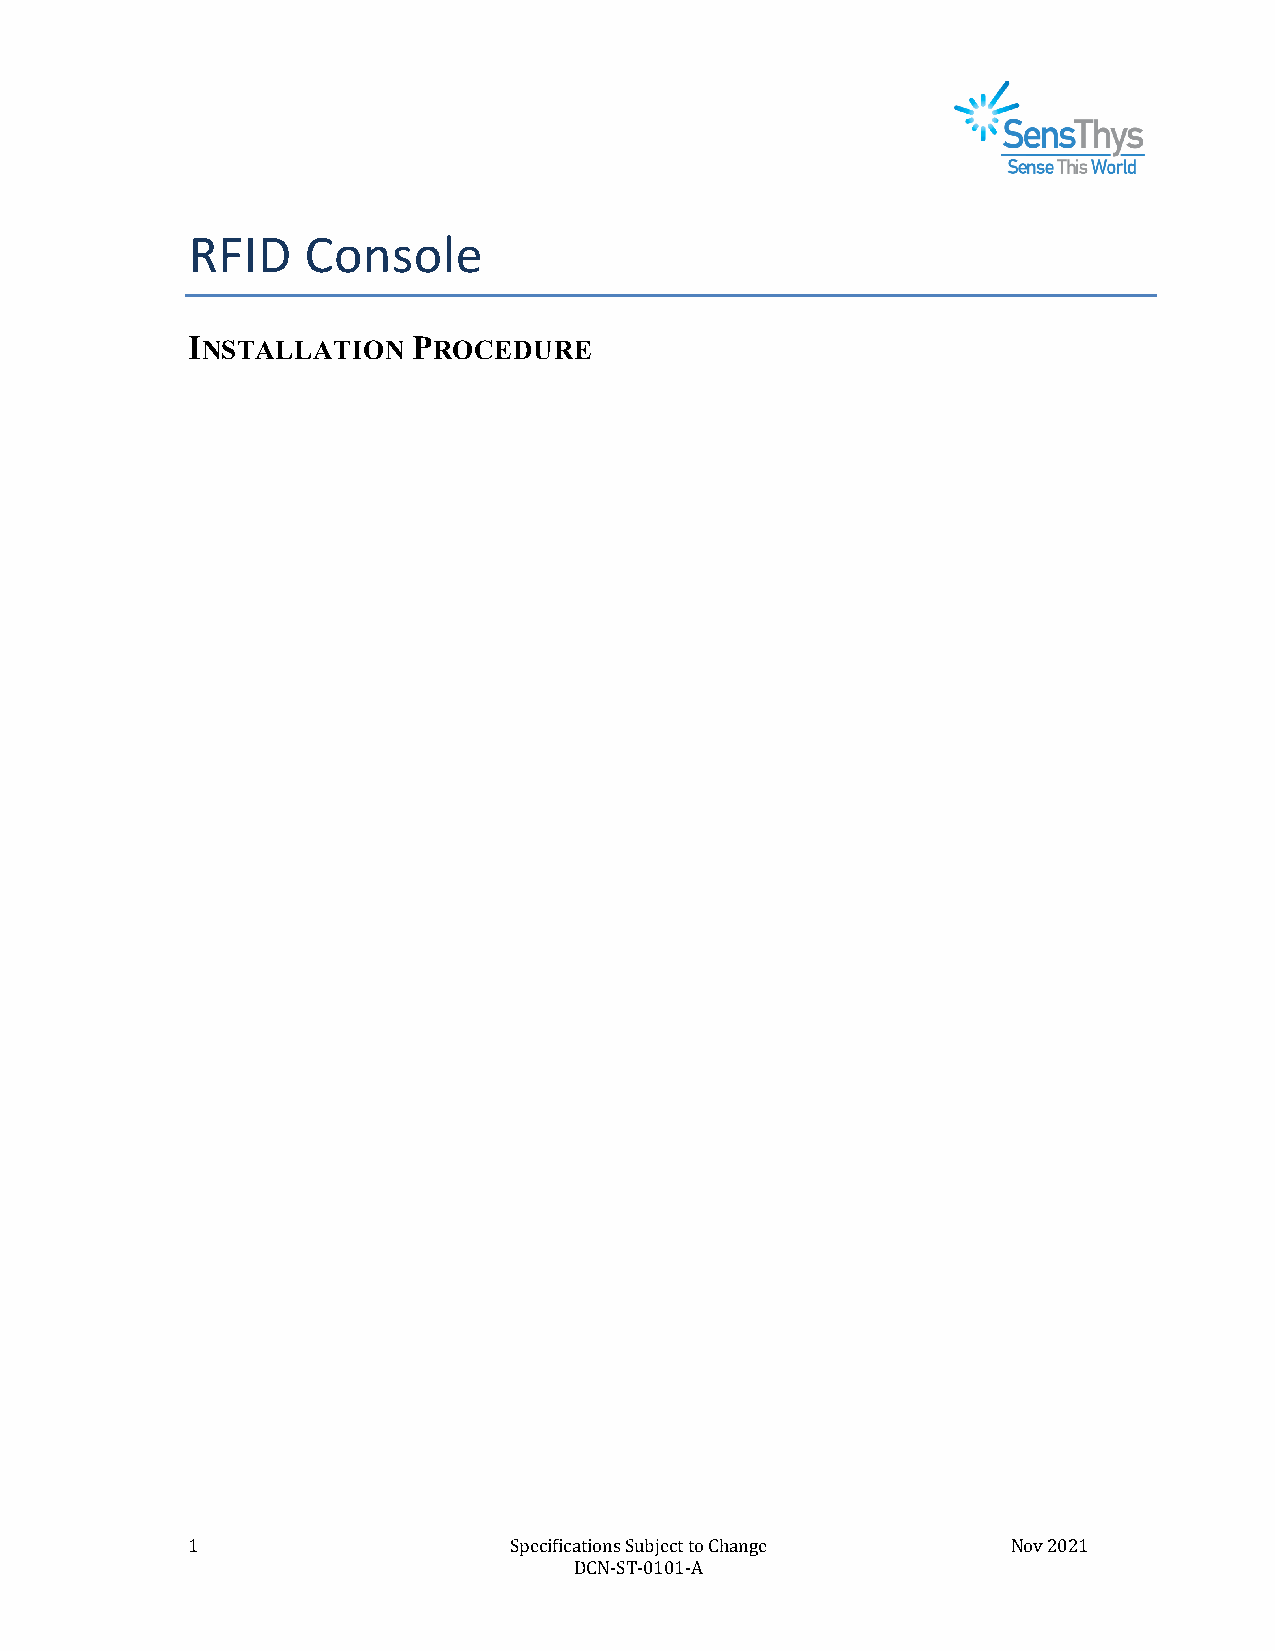
RFID    Console
 INSTALLATION   PROCEDURE
 1                     Specifications Subject to Change Nov 2021
 DCN-ST-0101-A